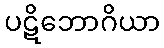
ပဋိဘောဂိယာ